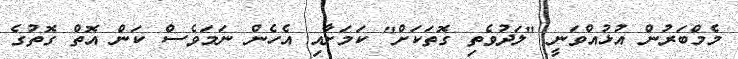
މެމްބަރުން އުޅުއްވަނީ "ލަދުވެތި ގޮތަކަށް" ކަމަށާއި އެހެން ނަމަވެސް ކަން އޮތް ގޮތުގެ